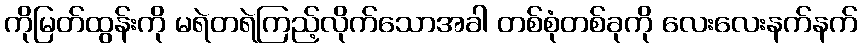
ကိုမြတ်ထွန်းကို မရဲတရဲကြည့်လိုက်သောအခါ တစ်စုံတစ်ခုကို လေးလေးနက်နက်